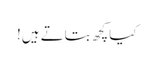
کیا کچھ بتاتے ہیں!